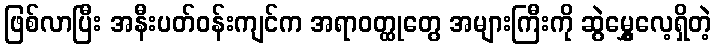
ဖြစ်လာပြီး အနီးပတ်ဝန်းကျင်က အရာဝတ္ထုတွေ အများကြီးကို ဆွဲမွှေ့လေ့ရှိတဲ့